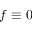
f \equiv 0